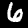
Label: 6